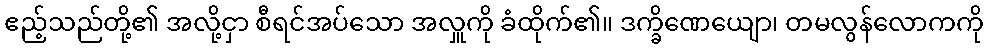
ဧည့်သည်တို့၏ အလို့ငှာ စီရင်အပ်သော အလှူကို ခံထိုက်၏။ ဒက္ခိဏေယျော၊ တမလွန်လောကကို